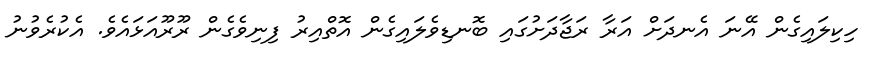
ހިކިލައިގެން އޭނަ އެނދަށް އަރާ ރަޖާދަށުގައި ބޮނޑިވެލައިގެން އޮތްއިރު ފިނިވެގެން ރޫރޫއަޅައެވެ. އެކުރެވުނު